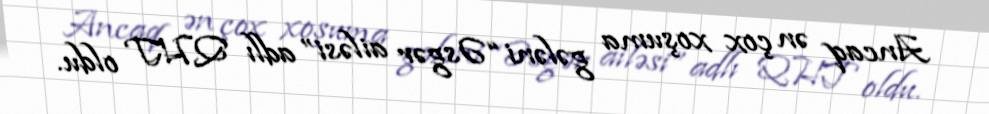
Ancaq ən çox xoşuma gələni “Əsgər ailəsi” adlı QHT oldu.